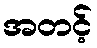
အတင့်